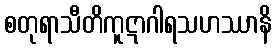
စတုရာသီတိကူဋာဂါရသဟဿာနိ